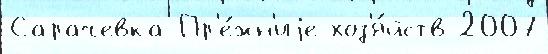
Сарачевка Пр'е́жн'иjе хоз'я́йств 2007